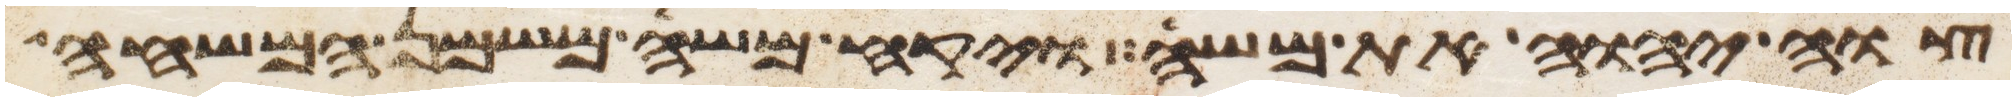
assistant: צוה יהוה את משה ויקח משה משמן המשחה